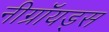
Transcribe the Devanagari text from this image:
नीग्रॉयड्स